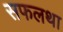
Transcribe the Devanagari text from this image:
सफलथा